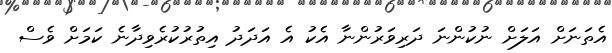
އެތަނަށް އަލަށް ނުކުންނަ ދަރިވަރުންނާ އެކު އެ އަދަދު އިތުރުކުރެވިދާނެ ކަމަށް ވެސް